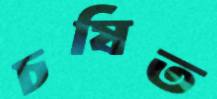
চষিত